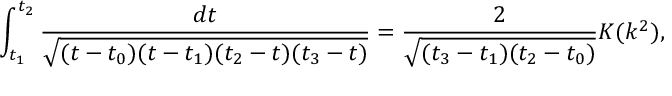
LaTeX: \int _ { t _ { 1 } } ^ { t _ { 2 } } \frac { d t } { \sqrt { ( t - t _ { 0 } ) ( t - t _ { 1 } ) ( t _ { 2 } - t ) ( t _ { 3 } - t ) } } = \frac 2 { \sqrt { ( t _ { 3 } - t _ { 1 } ) ( t _ { 2 } - t _ { 0 } ) } } K ( k ^ { 2 } ) ,